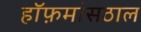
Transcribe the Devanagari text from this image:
हॉफ़मांसठाल